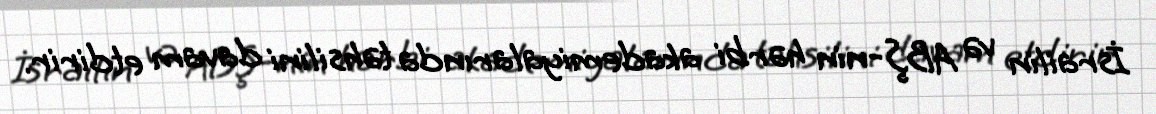
İsrailin və ABŞ-nin hərbi akademiyalarında təhsilini davam etdirir.